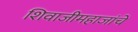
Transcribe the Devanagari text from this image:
शिवाजीमहाजांचे